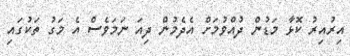
އިރުއިރު ކޮޅާ މަޑުން ދުއްވުމަށް އެދެމުން ދިއަ ނަމަވެސް އެ މަގު ތަކުގައި